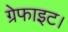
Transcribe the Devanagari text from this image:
ग्रेफाइट।